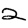
Digit: 2